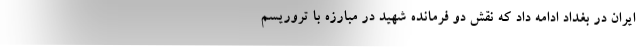
ایران در بغداد ادامه داد که نقش دو فرمانده شهید در مبارزه با تروریسم